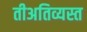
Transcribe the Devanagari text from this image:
तीअतिव्यस्त